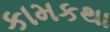
કામકથા